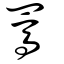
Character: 駡